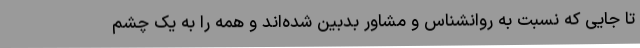
تا جایی که نسبت به روانشناس و مشاور بدبین شده‌اند و همه را به یک چشم